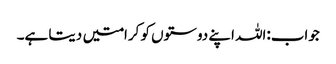
جواب:اللہ اپنے دوستوں کو کرامتیں دیتا ہے۔